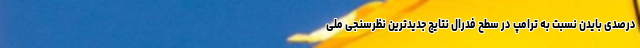
درصدی بایدن نسبت به ترامپ در سطح فدرال نتایج جدیدترین نظرسنجی ملی